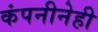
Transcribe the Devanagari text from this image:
कंपनीनेही